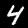
Label: 4